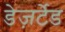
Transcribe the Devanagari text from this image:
डेज़र्टेड